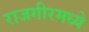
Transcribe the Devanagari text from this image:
राजगीरमध्ये